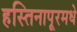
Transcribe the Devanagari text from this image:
हस्तिनापूरमधे